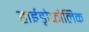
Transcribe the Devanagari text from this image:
हाईड्रोफोलिक